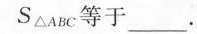
S_{△ABC}等于___。